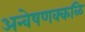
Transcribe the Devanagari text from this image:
अन्वेषणक्कळि